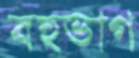
বহুভাগ